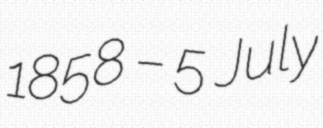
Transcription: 1858 – 5 July